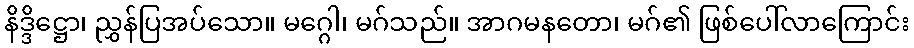
နိဒ္ဒိဋ္ဌော၊ ညွှန်ပြအပ်သော။ မဂ္ဂေါ၊ မဂ်သည်။ အာဂမနတော၊ မဂ်၏ ဖြစ်ပေါ်လာကြောင်း